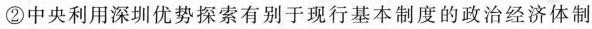
②中央利用深圳优势探索有别于现行基本制度的政治经济体制